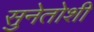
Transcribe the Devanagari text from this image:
सुनेतोशी